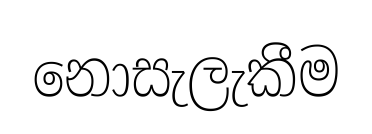
නොසැලැකීම